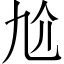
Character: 𠆷